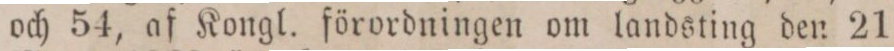
och 54, af Kongl. förordningen om landsting den 21